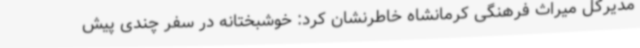
مدیرکل میراث فرهنگی کرمانشاه خاطرنشان کرد: خوشبختانه در سفر چندی پیش